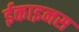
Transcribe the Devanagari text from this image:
ईकाइनस